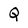
Character: Q